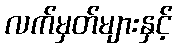
လက်မှတ်များနှင့်